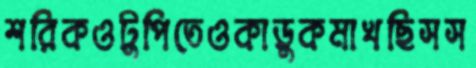
শরিকওটুপিতেওকাড়ুকমাখছিসস